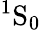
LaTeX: ^1\textrm{S}_{0}